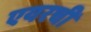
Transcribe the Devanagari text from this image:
एयरची